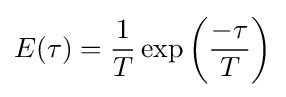
E(\tau )={\frac {1}{T}}\exp \left({\frac {-\tau }{T}}\right)